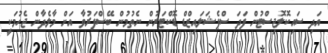
އަދި ސައިކޮލޮޖިސްޓުން ފަދަ ސްޕެޝަލައިޒްޑް ޑޮކްޓަރުން ނެތުމުން ބޭސްފަރުވާ އަށް މާލެދާން ޖެހުމަކީ